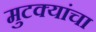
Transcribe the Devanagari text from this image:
मुटक्यांचा